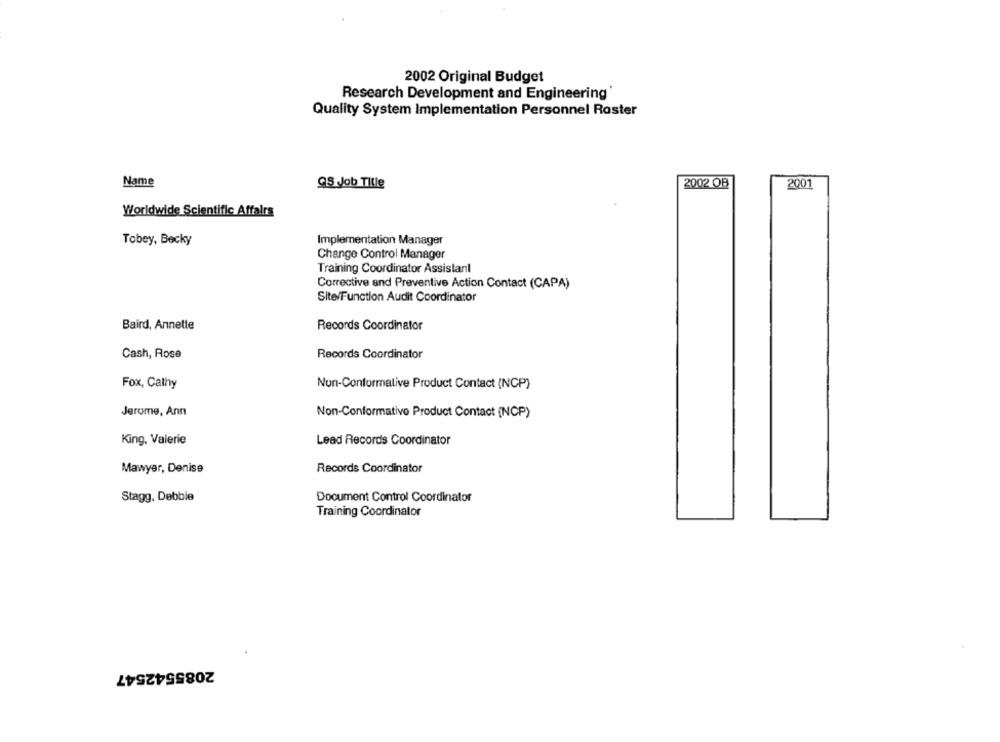
2002 Original Budget
Research Development and Engineering
Quality System Implementation Personnel Raster
Name
@S Job Title
2002 OB
2001
Worldwide Scientific Affairs
Tobey, Becky
Implementation Manager
Change Control Manager
Training Coordinator Assistant
Corrective and Preventive Action Contact (CAPA)
Site/Function Audit Coordinator
Baird, Annette
Records Coordinator
Cash, Rose
Records Coordinator
Fox, Cathy
Non-Conformative Product Contact (NCP)
Jerome, Ann
Non-Conformativo Product Contact (NCP)
King, Valerie
Lead Records Coordinator
Mawyer, Denise
Records Coordinator
Stagg, Debbie
Document Control Coordinator
Training Coordinator
2085542547